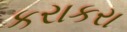
કરાકરા